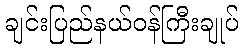
ချင်းပြည်နယ်ဝန်ကြီးချုပ်